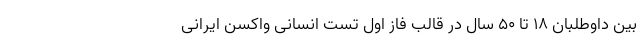
بین داوطلبان ۱۸ تا ۵۰ سال در قالب فاز اول تست انسانی واکسن ایرانی